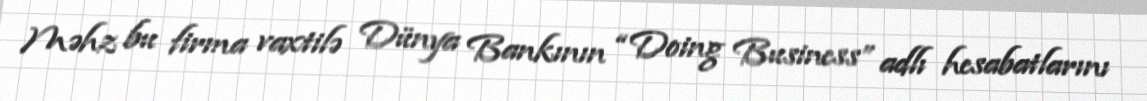
Məhz bu firma vaxtilə Dünya Bankının “Doing Business” adlı hesabatlarını